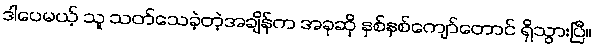
ဒါပေမယ့် သူ သတ်သေခဲ့တဲ့အချိန်က အခုဆို နှစ်နှစ်ကျော်တောင် ရှိသွားပြီ။